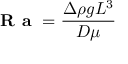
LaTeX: { \textbf { R a } } = { \frac { \Delta \rho g L ^ { 3 } } { D \mu } }